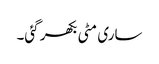
ساری مٹی بکھر گئی۔